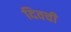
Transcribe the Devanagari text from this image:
दिवची